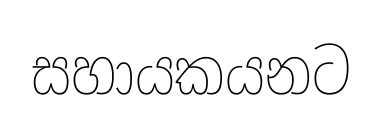
සහායකයනට